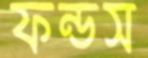
ফন্ডস